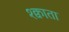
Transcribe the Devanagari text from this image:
श्क्वाता